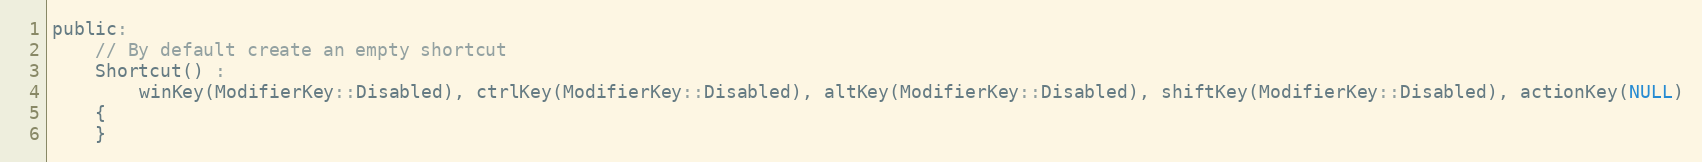
Language: C
public:
    // By default create an empty shortcut
    Shortcut() :
        winKey(ModifierKey::Disabled), ctrlKey(ModifierKey::Disabled), altKey(ModifierKey::Disabled), shiftKey(ModifierKey::Disabled), actionKey(NULL)
    {
    }